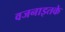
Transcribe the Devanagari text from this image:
वजनाइतके